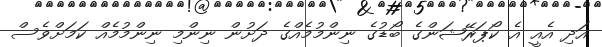
އަދި އެއީ އެ ކޯޕަރޭޝަންގެ ބޯޑުގެ ނިންމުމެއްގެ ދަށުން ނިންމި ނިންމުމެއް ކަމަށްވެސް